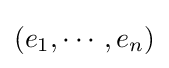
(e_{1},\cdots ,e_{n})